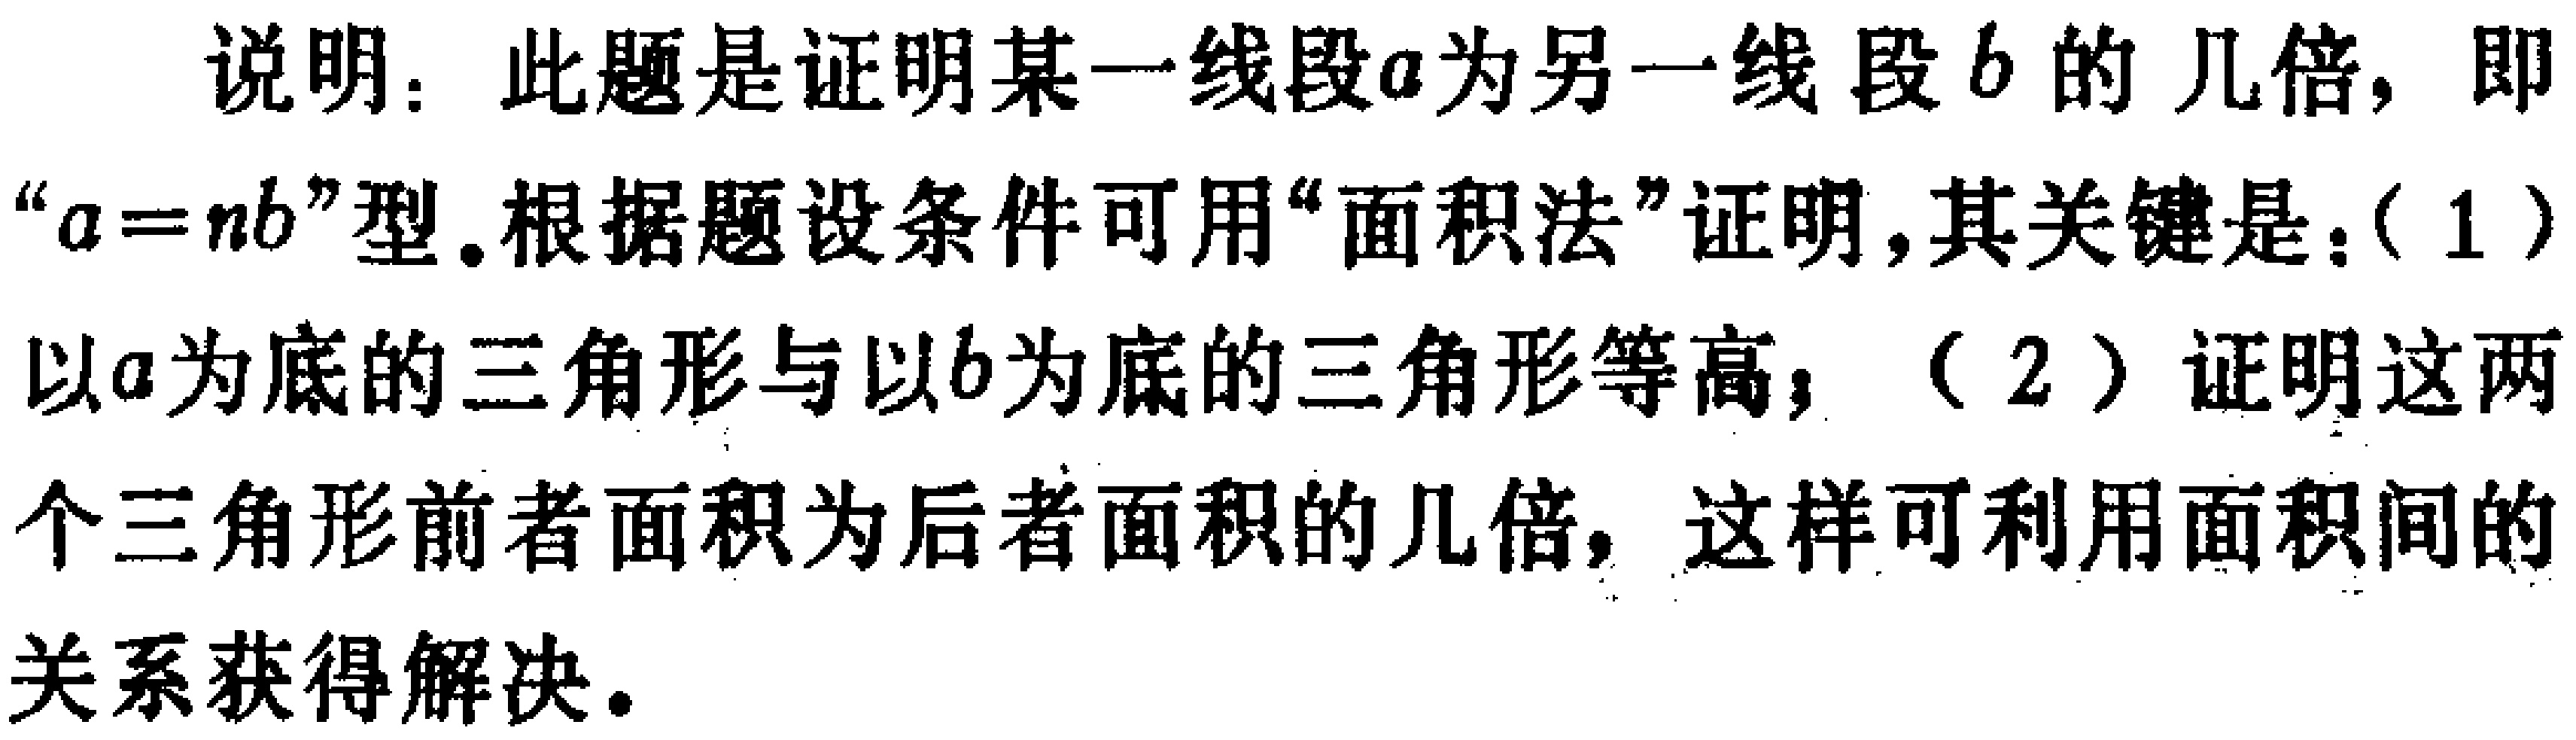
说明：此题是证明某一线段\(a\)为另一线段\(b\)的几倍，即“\(a = nb\)”型。根据题设条件可用“面积法”证明，其关键是：(1)以\(a\)为底的三角形与以\(b\)为底的三角形等高；(2)证明这两个三角形前者面积为后者面积的几倍，这样可利用面积间的关系获得解决。